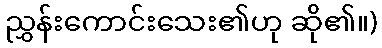
ညွှန်းကောင်းသေး၏ဟု ဆို၏။)